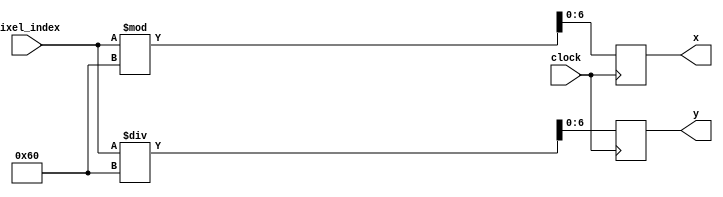
`timescale 1ns / 1ps
//////////////////////////////////////////////////////////////////////////////////
// Company: 
// Engineer: 
// 
// Design Name: 
// Module Name: xycalculator
// Project Name: 
// Target Devices: 
// Tool Versions: 
// Description: 
// 
// Dependencies: 
// 
// Revision:
// Revision 0.01 - File Created
// Additional Comments:
// 
//////////////////////////////////////////////////////////////////////////////////


module xycalculator(input clock, input [12:0]pixel_index, output reg [6:0] x, output reg [6:0] y);
    
    always @ (posedge clock)
    begin
        x = pixel_index % 96;
        y = pixel_index / 96;
    end
endmodule